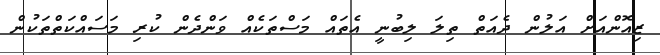
ޒިއޮންއަށް އަލުން ދެއަތް ތިލަ ލިބުނީ އެތައް މަސްތަކެއް ވަންދެން ކުރި މަސައްކަތްތަކުން